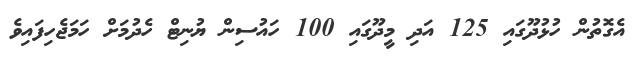
އެގޮތުން ހުޅުދޫގައި 125 އަދި މީދޫގައި 100 ހައުސިން ޔުނިޓް ހެދުމަށް ހަމަޖެހިފައިވެ